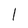
Character: 1